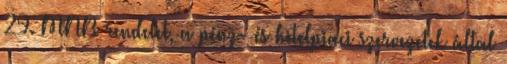
29. MNB rendelet, a pénz- és hitelpiaci szervezetek által